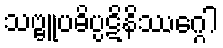
သဗ္ဗူပဓိပ္ပဋိနိဿဂ္ဂေါ